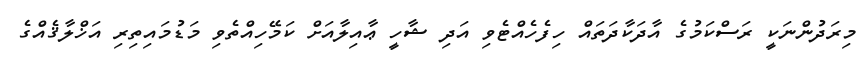
މިރަދުންނަކީ ރަސްކަމުގެ އާދަކާދަތައް ހިފެހެއްޓެވި އަދި ޝާހީ ޢާއިލާއަށް ކަމޭހިއްތެވި މަޑުމައިތިރި އަޚްލާޤެއްގެ